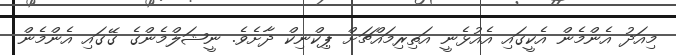
މިއަދު އެންމެން އެކީގައި އެއުޅެނީ އަތިރިމައްޗަށް ޕިކްނިކް ދާށެވެ. ނީޝަލްމެންގެ ގޭގައި އެންމެން